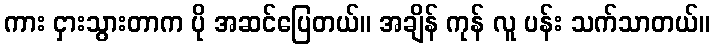
ကား ငှားသွားတာက ပို အဆင်ပြေတယ်။ အချိန် ကုန် လူ ပန်း သက်သာတယ်။